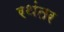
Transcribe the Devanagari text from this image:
रथंतर